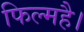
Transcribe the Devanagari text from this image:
फिल्महै।